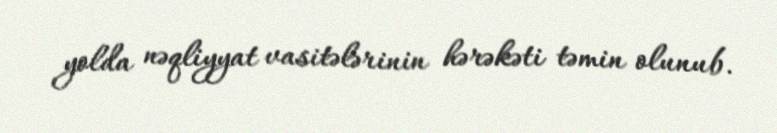
yolda nəqliyyat vasitələrinin hərəkəti təmin olunub.